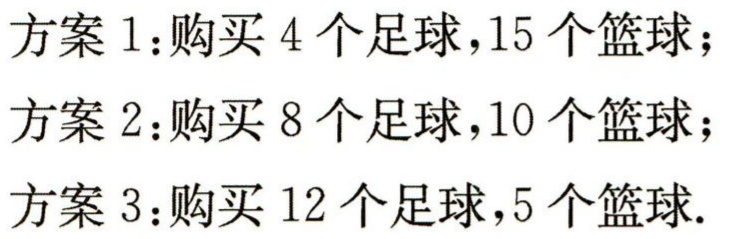
方案 1：购买 4 个足球，15 个篮球；

方案 2：购买 8 个足球，10 个篮球；

方案 3：购买 12 个足球，5 个篮球.